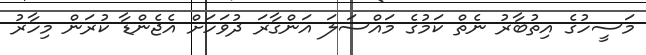
މަސީހުގެ އިތުބާރު ނެތް ކަމުގެ މައްސަލަ އަންގާރަ ދުވަހަށް އެޖެންޑާ ކުރަން މިހާރު